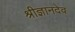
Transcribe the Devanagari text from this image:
श्रीज्ञानदेव